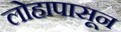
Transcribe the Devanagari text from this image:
लोहापासून